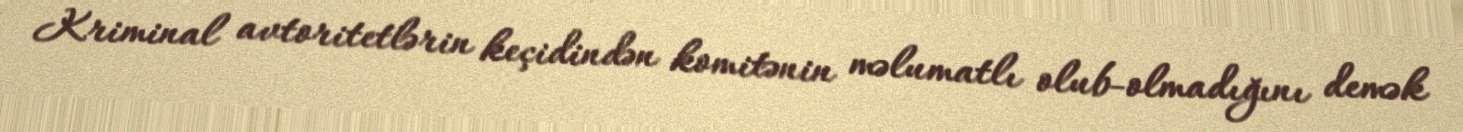
Kriminal avtoritetlərin keçidindən komitənin məlumatlı olub-olmadığını demək